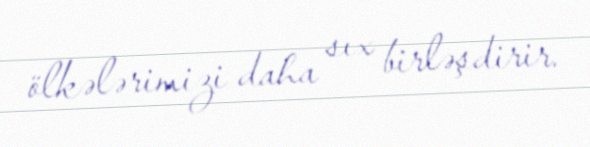
ölkələrimizi daha sıx birləşdirir.